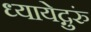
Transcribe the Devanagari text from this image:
ध्यायेद्गुरुं